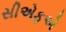
સીએફએ